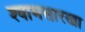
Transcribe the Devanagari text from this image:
श्यामसारखा